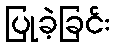
ပြုခဲ့ခြင်း